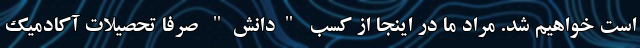
است خواهیم شد. مراد ما در اینجا از کسب "دانش" صرفا تحصیلات آکادمیک